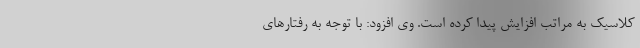
کلاسیک به مراتب افزایش پیدا کرده است. وی افزود: با توجه به رفتارهای